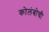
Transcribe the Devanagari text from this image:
कोलंबोची